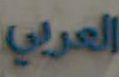
العربي